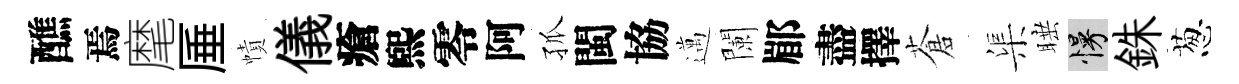
醮焉麾厜幘儀瘡煕零阿孤閩協邁闌郿盡擇蒼渠睡慢銖葱